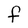
Character: F